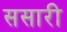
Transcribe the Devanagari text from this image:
ससारी